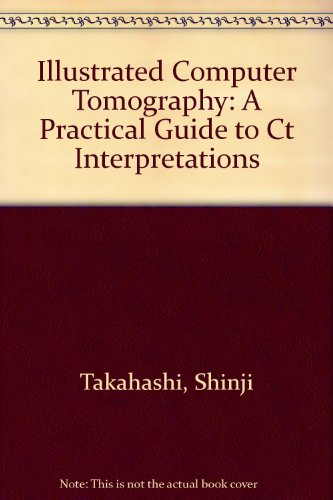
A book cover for Illustrated Computer Tomography: A Practical Guide to Ct Interpretations; Shinji Takahashi; Medical Books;